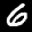
Label: 6